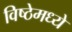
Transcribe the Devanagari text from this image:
विष्ठेमध्ये